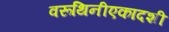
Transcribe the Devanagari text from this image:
वरूथिनीएकादशी